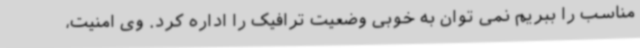
مناسب را ببریم نمی توان به خوبی وضعیت ترافیک را اداره کرد. وی امنیت،